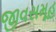
જીવસમૂહ